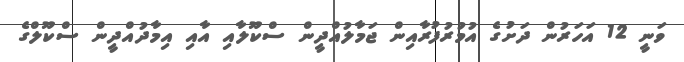
ވަނީ 12 އަހަރުން ދަށުގެ އުމުރުފުރާއިން ޖަމާލުއްދީން ސްކޫލާއި އާއި އިމާދުއްދީން ސްކޫލްގެ